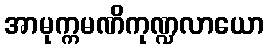
အာမုက္ကမဏိကုဏ္ဍလာယော